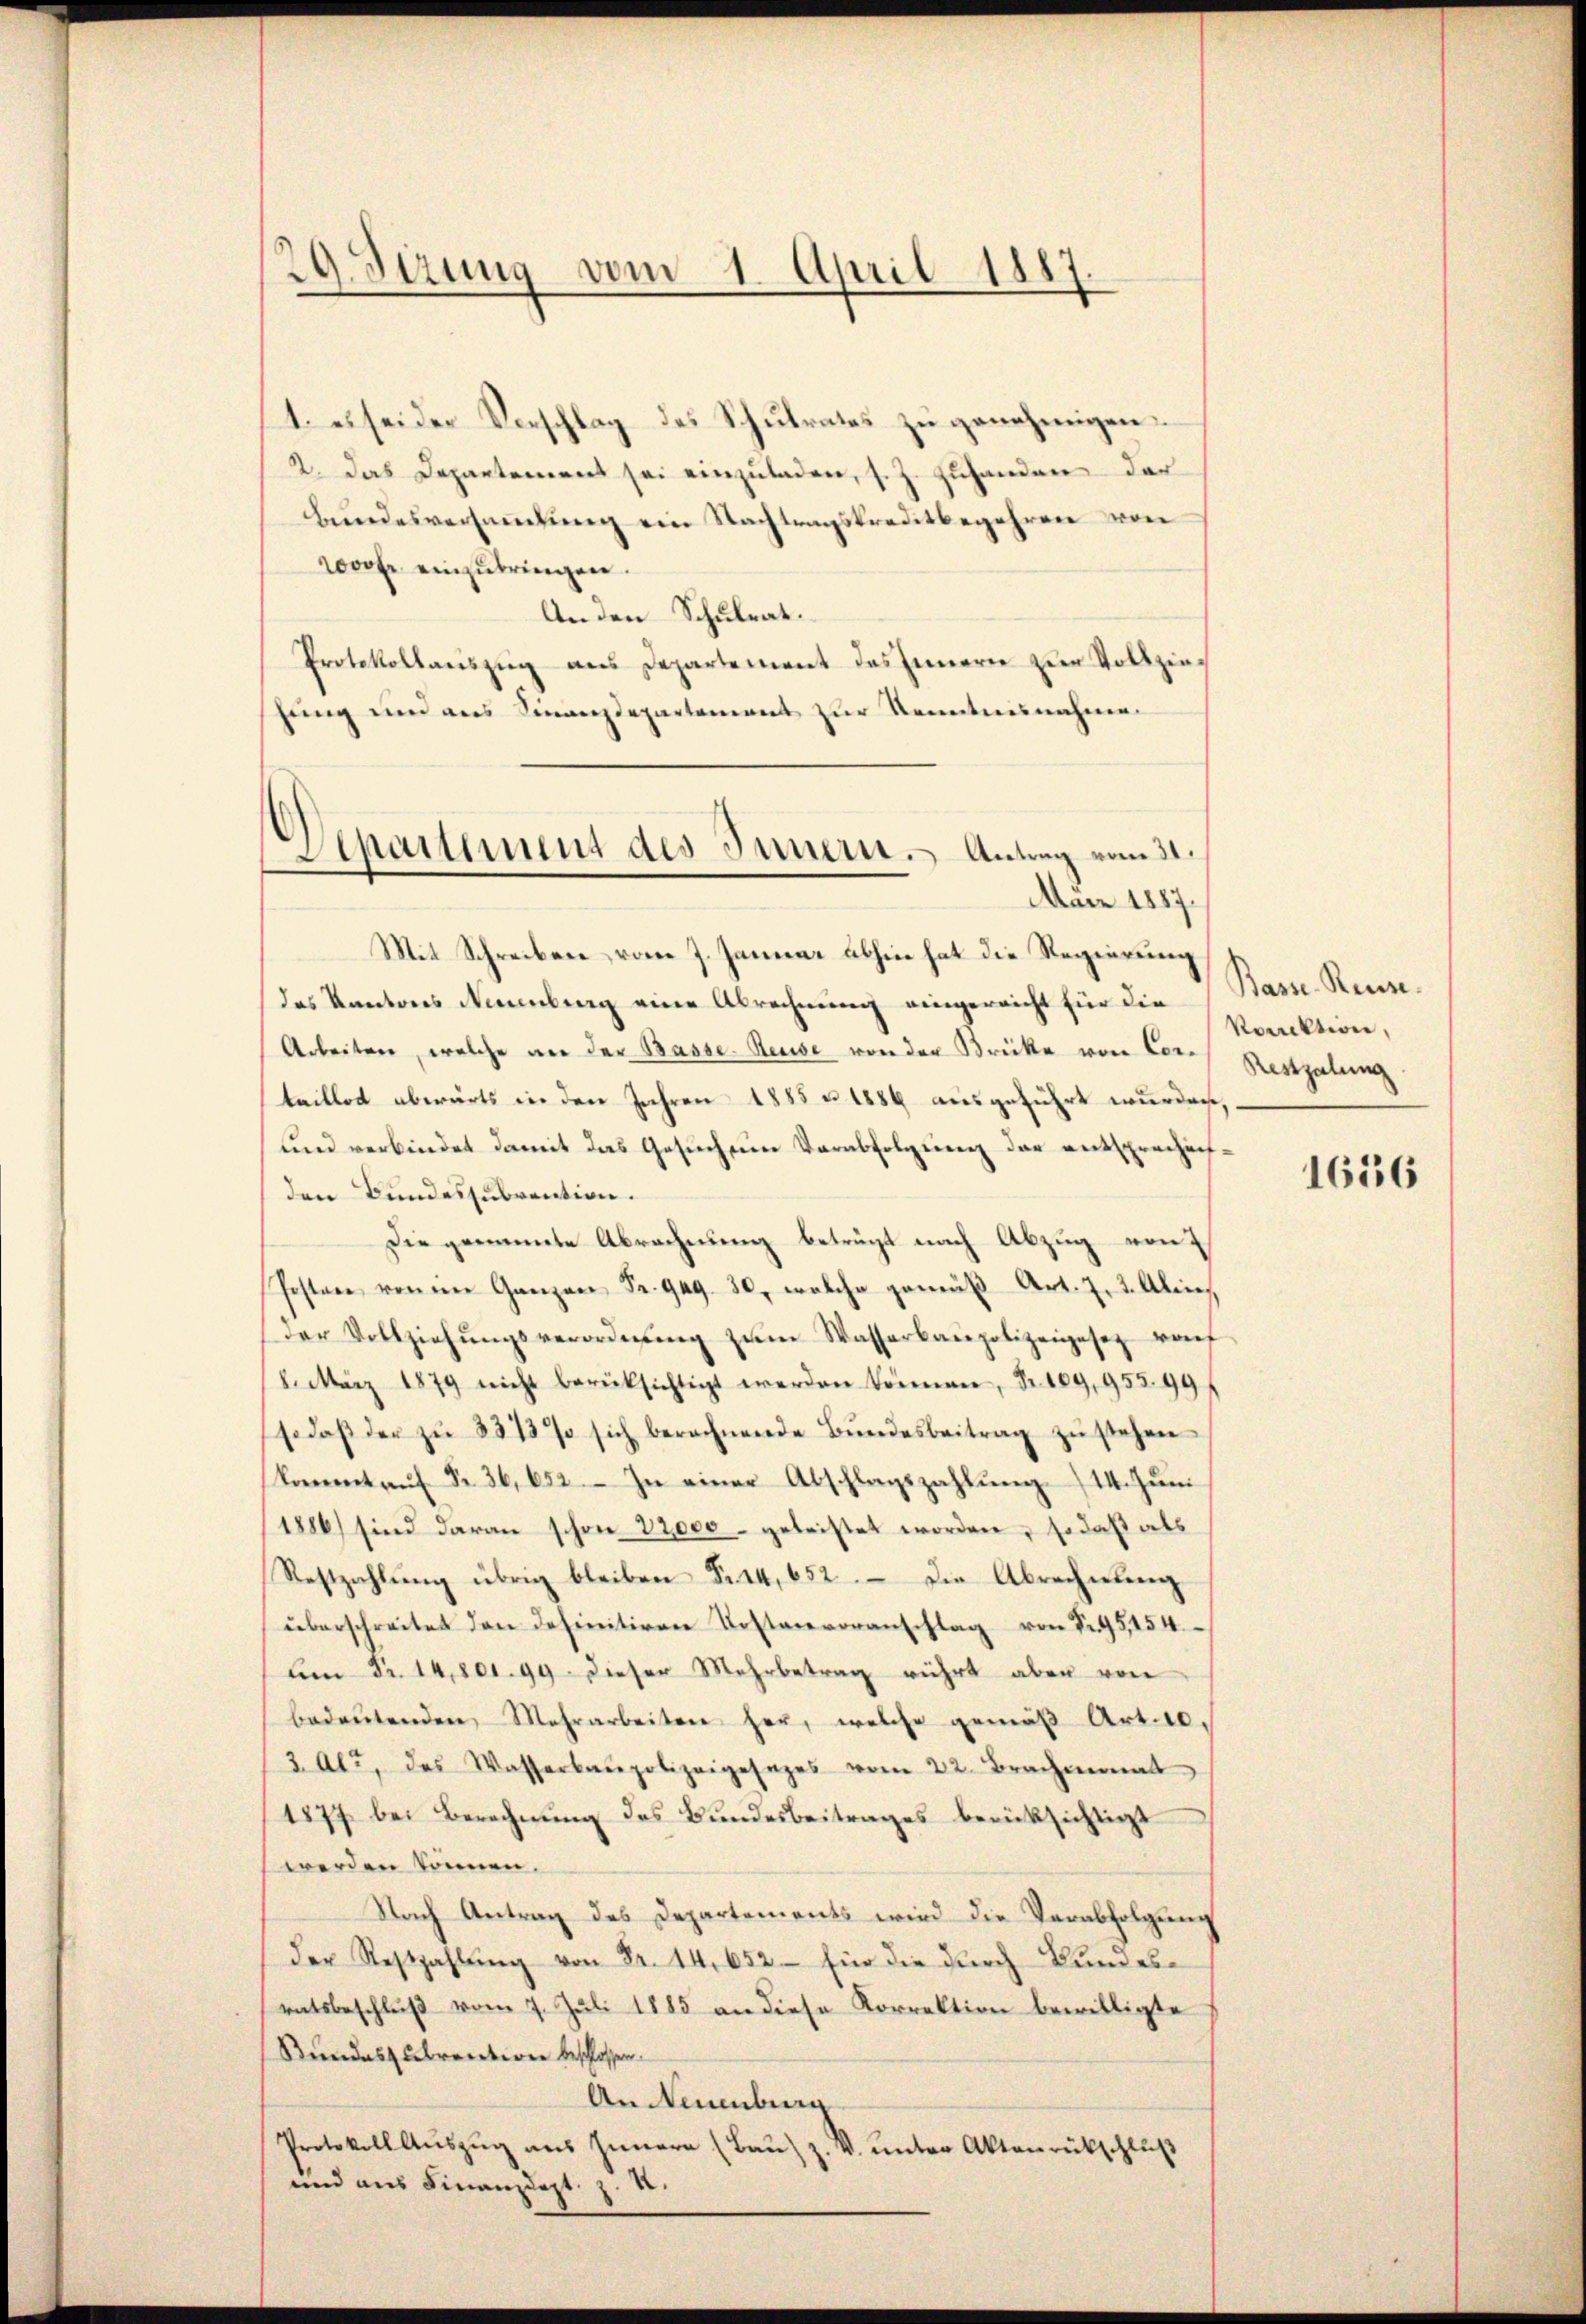
29. Sizung vom 1. April 1887

1. es sei der Vorschlag des Schulrates zu genehmigen.
2. Das Departement sei einzuladen, s. Z. zuhanden der
bundesversammlung ein Nachtragskreditbegehren von
1000 fr einzŭbringen.
An den Schulrat.
Protokollauszug aus Departement des Innern zur Vollziehung und aus Finanzdepartement zur Kenntnisnahmen

Departement des Innern. Antrag vom 31.
März 1887.

Mit Schreiben vom 7. Januar abhin hat die Regierung
das Kantons Neuenburg eine Abrechnung eingereicht für die Basse-Reue¬
Arbeiten, welche an der Basse Reuse von der Brücke von Cortaillos abwärts in den Jahren 1885 u. 1886 ausgeführt wurden,
und verbindet damit das Gesuch eine Verabfolgung der entsprechenden Bundessubvention.
Die genannte Abrechnung betrügt nach Abzug von
Posten von im Ganzen Fr. 949. 30, welche gemäß Art. 7. 2. Alois
der Vollziehŭngsverordnŭng zŭm Wasserbaupolizeigesetz vonf
8. März 1879 nicht berüksichtigt werden können, Fr. 109, 95399 f
so daβ der zŭ 3313% sich berechnende Bŭndesbeitrag zŭ stehen
kommt aŭf Fr. 36, 652. In einer Abschlagszahlŭng 14. Juni
1886) sind daran schon 12000 - geleistet worden, so daß als
Restzahlŭng übrig bleiben Fr. 44, 652. Die Abrechnung
überschreitet den definitiven Kostenvoranschlag von Nr. 95,154.
Am Fr. 14,800. 99. Dieser Mehrbetrag rührt aber von
bedeŭtenden, Mehrarbeiten her, welche gemäβ Art. 10.
3 Al., das Wasserbaupolizeigesezes vom 22. Brachmonat
1877 bei Berechnung des Bundesbeitrages berücksichtigt
werden können.
Nach Antrag des Departements wird die Verabfolgung
Der Restzahlŭng von Fr. 14, 652 für die durch Bundesratsbeschluß vom 7. Juli 1885 an diese Korrektion bewilligte
Bundeszubrentiren beschlossen.
An Neuenburg
Protokoll Auszug aus Innern (Bau) z. V. unter Aktenrückschluß
und aus Finanzdept. z. R.

Korrektiven,
Restalung

1656